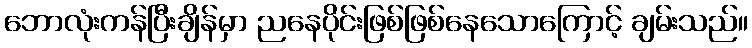
ဘောလုံးကန်ပြီးချိန်မှာ ညနေပိုင်းဖြစ်ဖြစ်နေသောကြောင့် ချမ်းသည်။